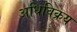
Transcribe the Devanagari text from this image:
अधिविक्रय